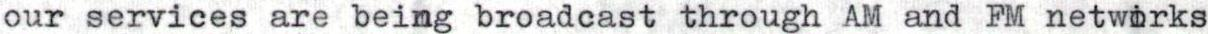
our services are being broadcast through AM and FM netwarks